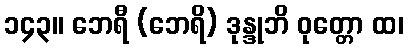
၁၄၃။ ဘေရီ (ဘေရိ) ဒုန္ဒုဘိ ဝုတ္တော ထ၊